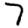
Digit: 7